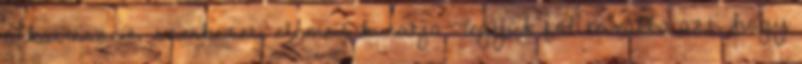
alkatrészeit, szerkezeti elemeit kutatja. Tegyük föl továbbá azt, hogy